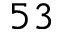
5 3